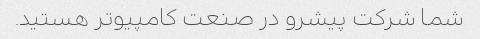
شما شرکت پیشرو در صنعت کامپیوتر هستید.